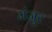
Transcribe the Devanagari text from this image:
मंजूुर